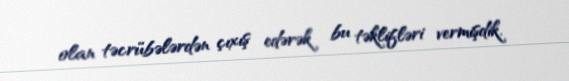
olan təcrübələrdən çıxış edərək bu təklifləri vermişdik.